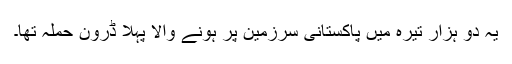
یہ دو ہزار تیرہ میں پاکستانی سرزمین پر ہونے والا پہلا ڈرون حملہ تھا۔